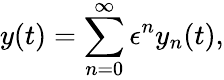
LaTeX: y(t)=\sum_{n=0}^{\infty}\epsilon^{n}y_{n}(t),